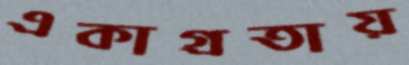
একাগ্রতায়